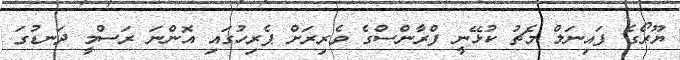
ޔޫރޯގެ ފައިނަލް މެޗު ކުޅޭނީ ފްރާންސްގެ ވެރިރަށް ޕެރިހުގައި އޮންނަ ރަސްމީ ދަނޑުގަ